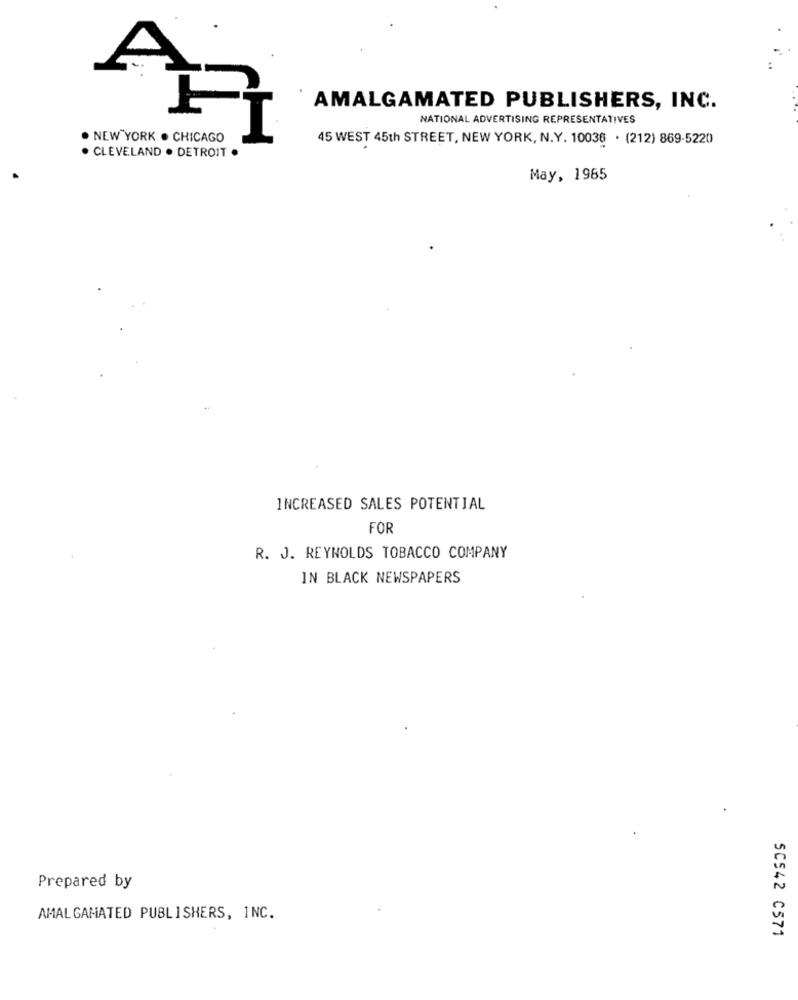
AMALGAMATED PUBLISHERS, INC.
NATIONAL ADVERTISING REPRESENTATIVES
. NEW YORK . CHICAGO
45 WEST 45th STREET, NEW YORK, N.Y. 10036 . (212) 869-5220
· CLEVELAND . DETROIT .
May, 1985
INCREASED SALES POTENTIAL
FOR
R. J. REYNOLDS TOBACCO COMPANY
IN BLACK NEWSPAPERS
Prepared by
AMALGAMATED PUBLISHERS, INC.
50542 C571